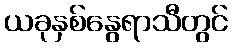
ယခုနှစ်နွေရာသီတွင်